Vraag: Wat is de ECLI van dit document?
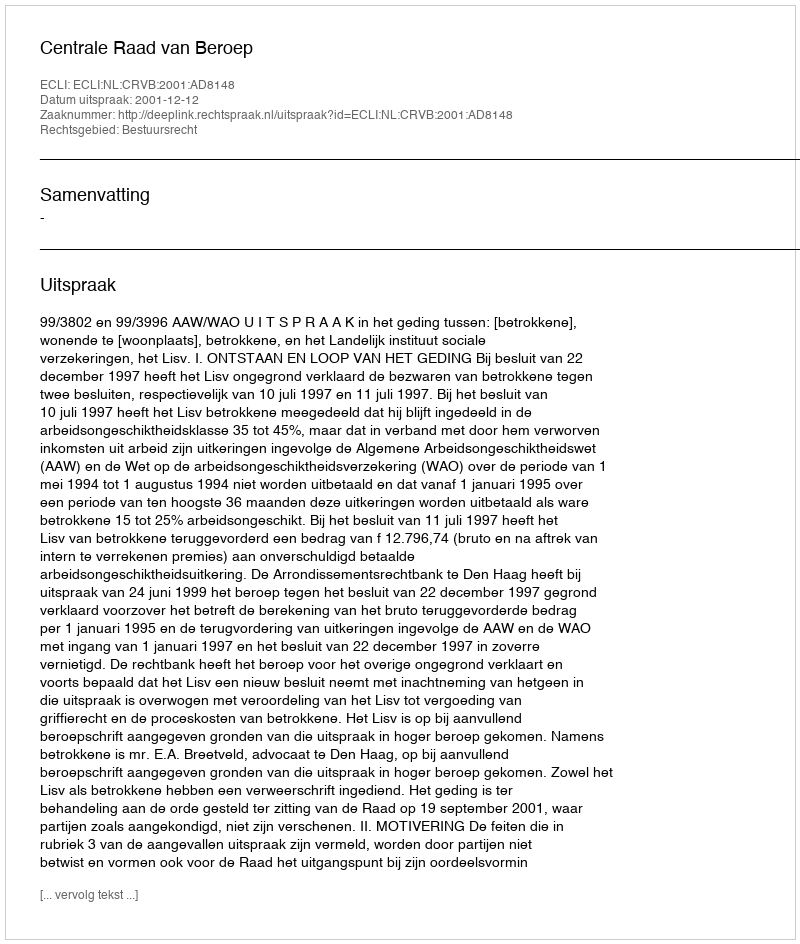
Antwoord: ECLI:NL:CRVB:2001:AD8148